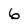
Character: 6